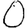
Digit: 0